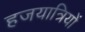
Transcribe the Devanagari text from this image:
हजयात्रियों